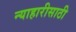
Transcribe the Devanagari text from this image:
न्याहारीसाठी